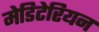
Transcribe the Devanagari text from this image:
मेडिटेरियन